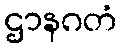
ဌာနဂတံ